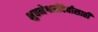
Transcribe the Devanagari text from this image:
भुवनेश्वरीदेवीसाठी